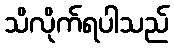
သိလိုက်ရပါသည်